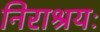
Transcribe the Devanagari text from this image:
निराश्रयः